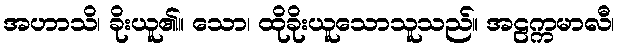
အဟာသိ၊ ခိုးယူ၏။ သော၊ ထိုခိုးယူသောသူသည်။ အဠက္ကမာလီ၊